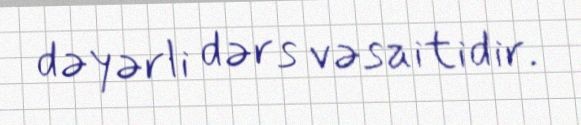
dəyərli dərs vəsaitidir.